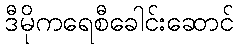
ဒီမိုကရေစီခေါင်းဆောင်